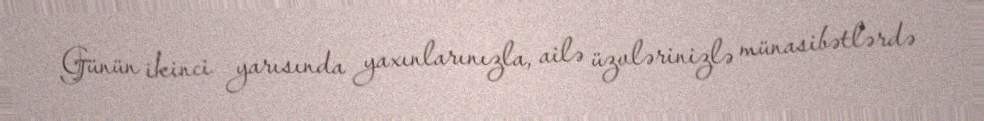
Günün ikinci yarısında yaxınlarınızla, ailə üzvlərinizlə münasibətlərdə